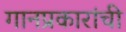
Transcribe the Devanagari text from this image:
गानप्रकारांची